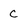
Character: c